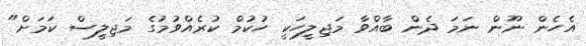
އެހެން ނޫން ނަމަ ދެން ބާއްވާ މަޖިލީހަކީ ހުކުމް ކުރެއްވުމުގެ މަޖިލީސް ކަމަށް"